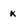
Character: x